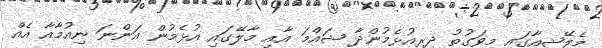
މެލޭޝިއާގައި މިވަގުތު ދިރިއުޅެމުންދާ ޝައްމަ އާއި މާލޭގައި އުޅެމުން އަންނަ ނިއުމާއާ އެއް